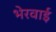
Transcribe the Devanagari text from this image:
भेरवाई